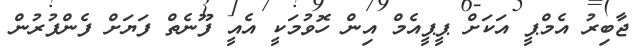
ޖާބިރު އެމްޕީ އަކަށް ޕީޕީއެމް އިން ހޮވުމަކީ އެއީ ފޫނެތް ފަޔަށް ފެންފުރުން